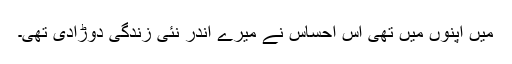
میں اپنوں میں تھی اس احساس نے میرے اندر نئی زندگی دوڑادی تھی۔